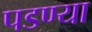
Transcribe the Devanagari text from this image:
पडण्या